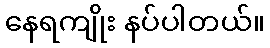
နေရကျိုး နပ်ပါတယ်။